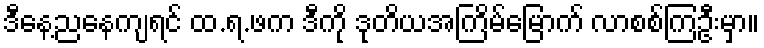
ဒီနေ့ညနေကျရင် ထ.ရ.ဖက ဒီကို ဒုတိယအကြိမ်မြောက် လာစစ်ကြဦးမှာ။